Indian journal of veterinary science and animal husbandry - Volume 7,
Year: 1937
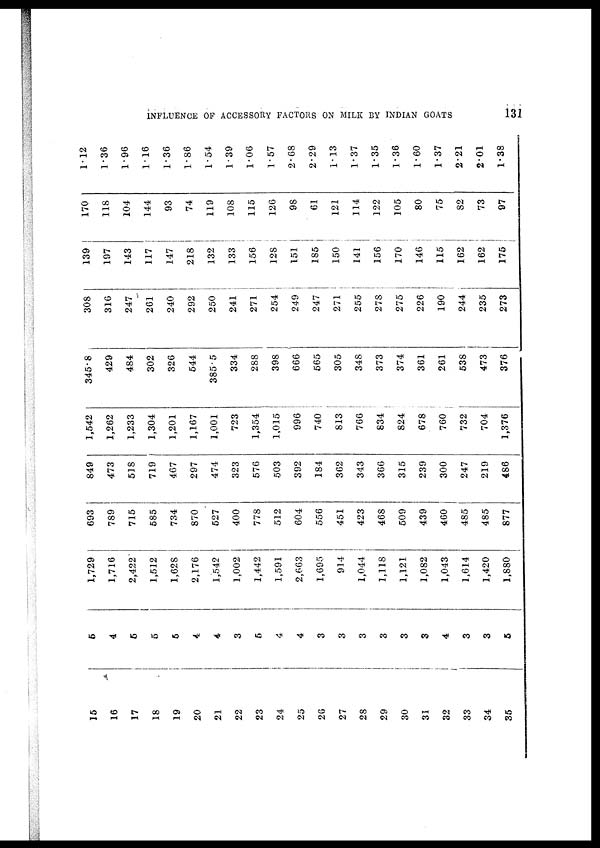
INFLUENCE OF ACCESSORY FACTORS ON MILK BY INDIAN GOATS
131
15
16
17
18
19
20
21
22
23
24
25
26
27
28
29
30
31
32
33
34
35
5
4
5
5
5
4
4
3
5
4
4
3
3
3
3
3
3
4
3
3
5
1,729
1,716
2,422
1,512
1,628
2,176
1,542
1,002
1,442
1,591
2,663
1,695
914
1,044
1,118
1,121
1,082
1,043
1,614
1,420
1,880
693
789
715
585
734
870
527
400
778
512
604
556
451
423
468
509
439
460
485
485
877
849
473
518
719
467
297
474
323
576
503
392
184
362
343
366
315
239
300
247
219
486
1,542
1,262
1,233
1,304
1,201
1,167
1,001
723
1,354
1,015
996
740
813
766
834
824
678
760
732
704
1,376
345.8
429
484
302
326
544
385.5
334
288
398
666
565
305
348
373
374
361
261
538
473
376
308
316
247
261
240
292
250
241
271
254
249
247
271
255
278
275
226
190
244
235
273
139
197
143
117
147
218
132
133
156
128
151
185
150
141
156
170
146
115
162
162
175
170
118
104
144
93
74
119
108
115
126
98
61
121
114
122
105
80
75
82
73
97
1.12
1.36
1.96
1.16
1.36
1.86
1.54
1.39
1.06
1.57
2.68
2.29
1.13
1.37
1.35
1.36
1.60
1.37
2.21
2.01
1.38